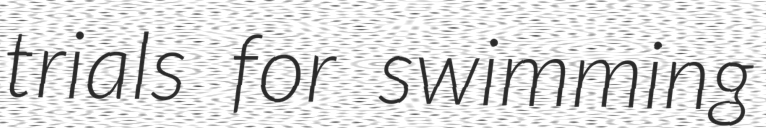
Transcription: trials for swimming